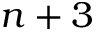
n + 3